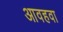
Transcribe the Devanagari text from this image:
आवहवा